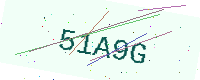
Text: 51A9G